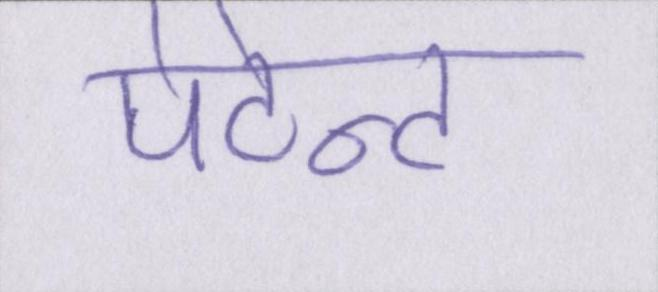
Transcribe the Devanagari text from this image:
पेटेन्ट